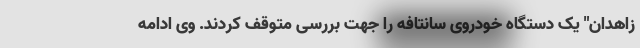
زاهدان" یک دستگاه خودروی سانتافه را جهت بررسی متوقف کردند. وی ادامه